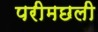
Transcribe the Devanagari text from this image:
परीमछली